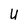
Character: U